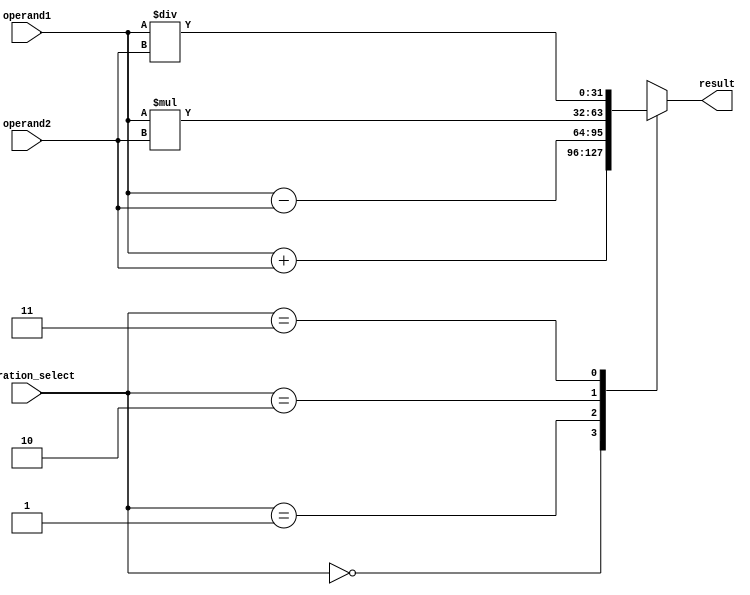
module mixed_precision_fp_unit (
    input wire [31:0] operand1,
    input wire [31:0] operand2,
    input wire [1:0] operation_select, // 00: addition, 01: subtraction, 10: multiplication, 11: division
    output reg [31:0] result
);

reg [31:0] temp_result;

always @* begin
    case (operation_select)
        2'b00: temp_result = operand1 + operand2; // Addition
        2'b01: temp_result = operand1 - operand2; // Subtraction
        2'b10: temp_result = operand1 * operand2; // Multiplication
        2'b11: temp_result = operand1 / operand2; // Division
    endcase
end

// Rounding module omitted for brevity

always @* begin
    result = temp_result;
end

endmodule